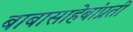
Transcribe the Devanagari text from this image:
बाबासाहेबांप्रती